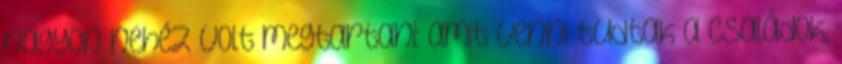
nagyon nehéz volt megtartani: amit venni tudtak a családok,